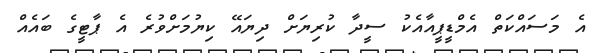
އެ މަސައްކަތް އެމްޑީޕީއާއެކު ސީދާ ކުރިޔަށް ދިޔައޭ ކިޔުމަށްވުރެ އެ ޕާޓީގެ ބައެއް